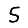
Digit: 5